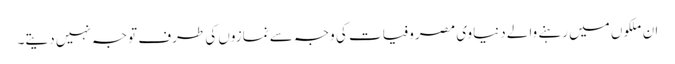
ان ملکوں میں رہنے والے دنیاوی مصروفیات کی وجہ سے نمازوں کی طرف توجہ نہیں دیتے۔